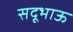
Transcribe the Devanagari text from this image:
सदूभाऊ